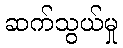
ဆက်သွယ်မှု